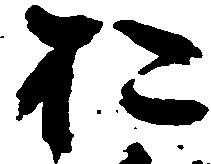
お